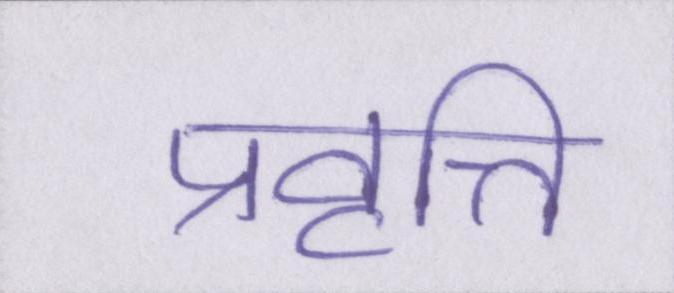
प्रवृत्ति